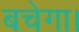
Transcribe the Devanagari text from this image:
बचेगा।